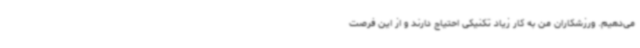
می‌دهیم. ورزشکاران من به کار زیاد تکنیکی احتیاج دارند و از این فرصت